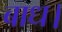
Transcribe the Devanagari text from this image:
बाध।